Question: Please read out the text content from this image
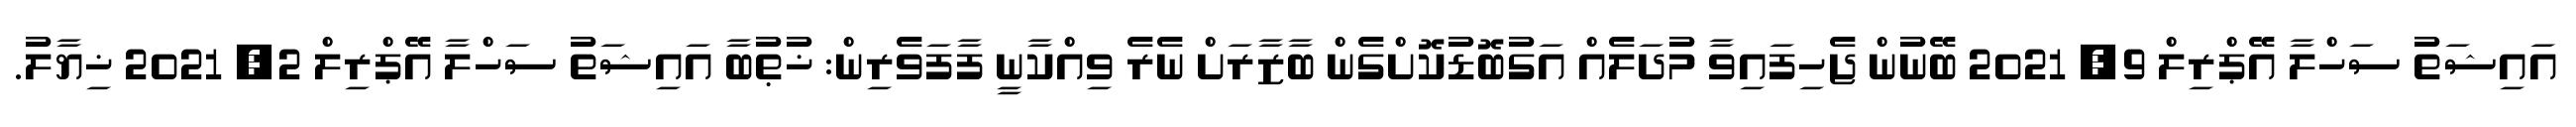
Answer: އައިޝަތު ސަހްލާ އޭޕްރިލް 9, 2021 ބޭނުން ޖެހިފައިވާ މުދަލެއް އަގުބޮޑުކޮށްގެން ބާޒާރަށް ނެރެ ވިއްކާނީ ފާފަވެރިން: ޚުޠުބާ އައިޝަތު ސަހްލާ އޭޕްރިލް 2, 2021 ޚިޔާލު.